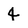
Character: 4